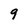
Character: 9